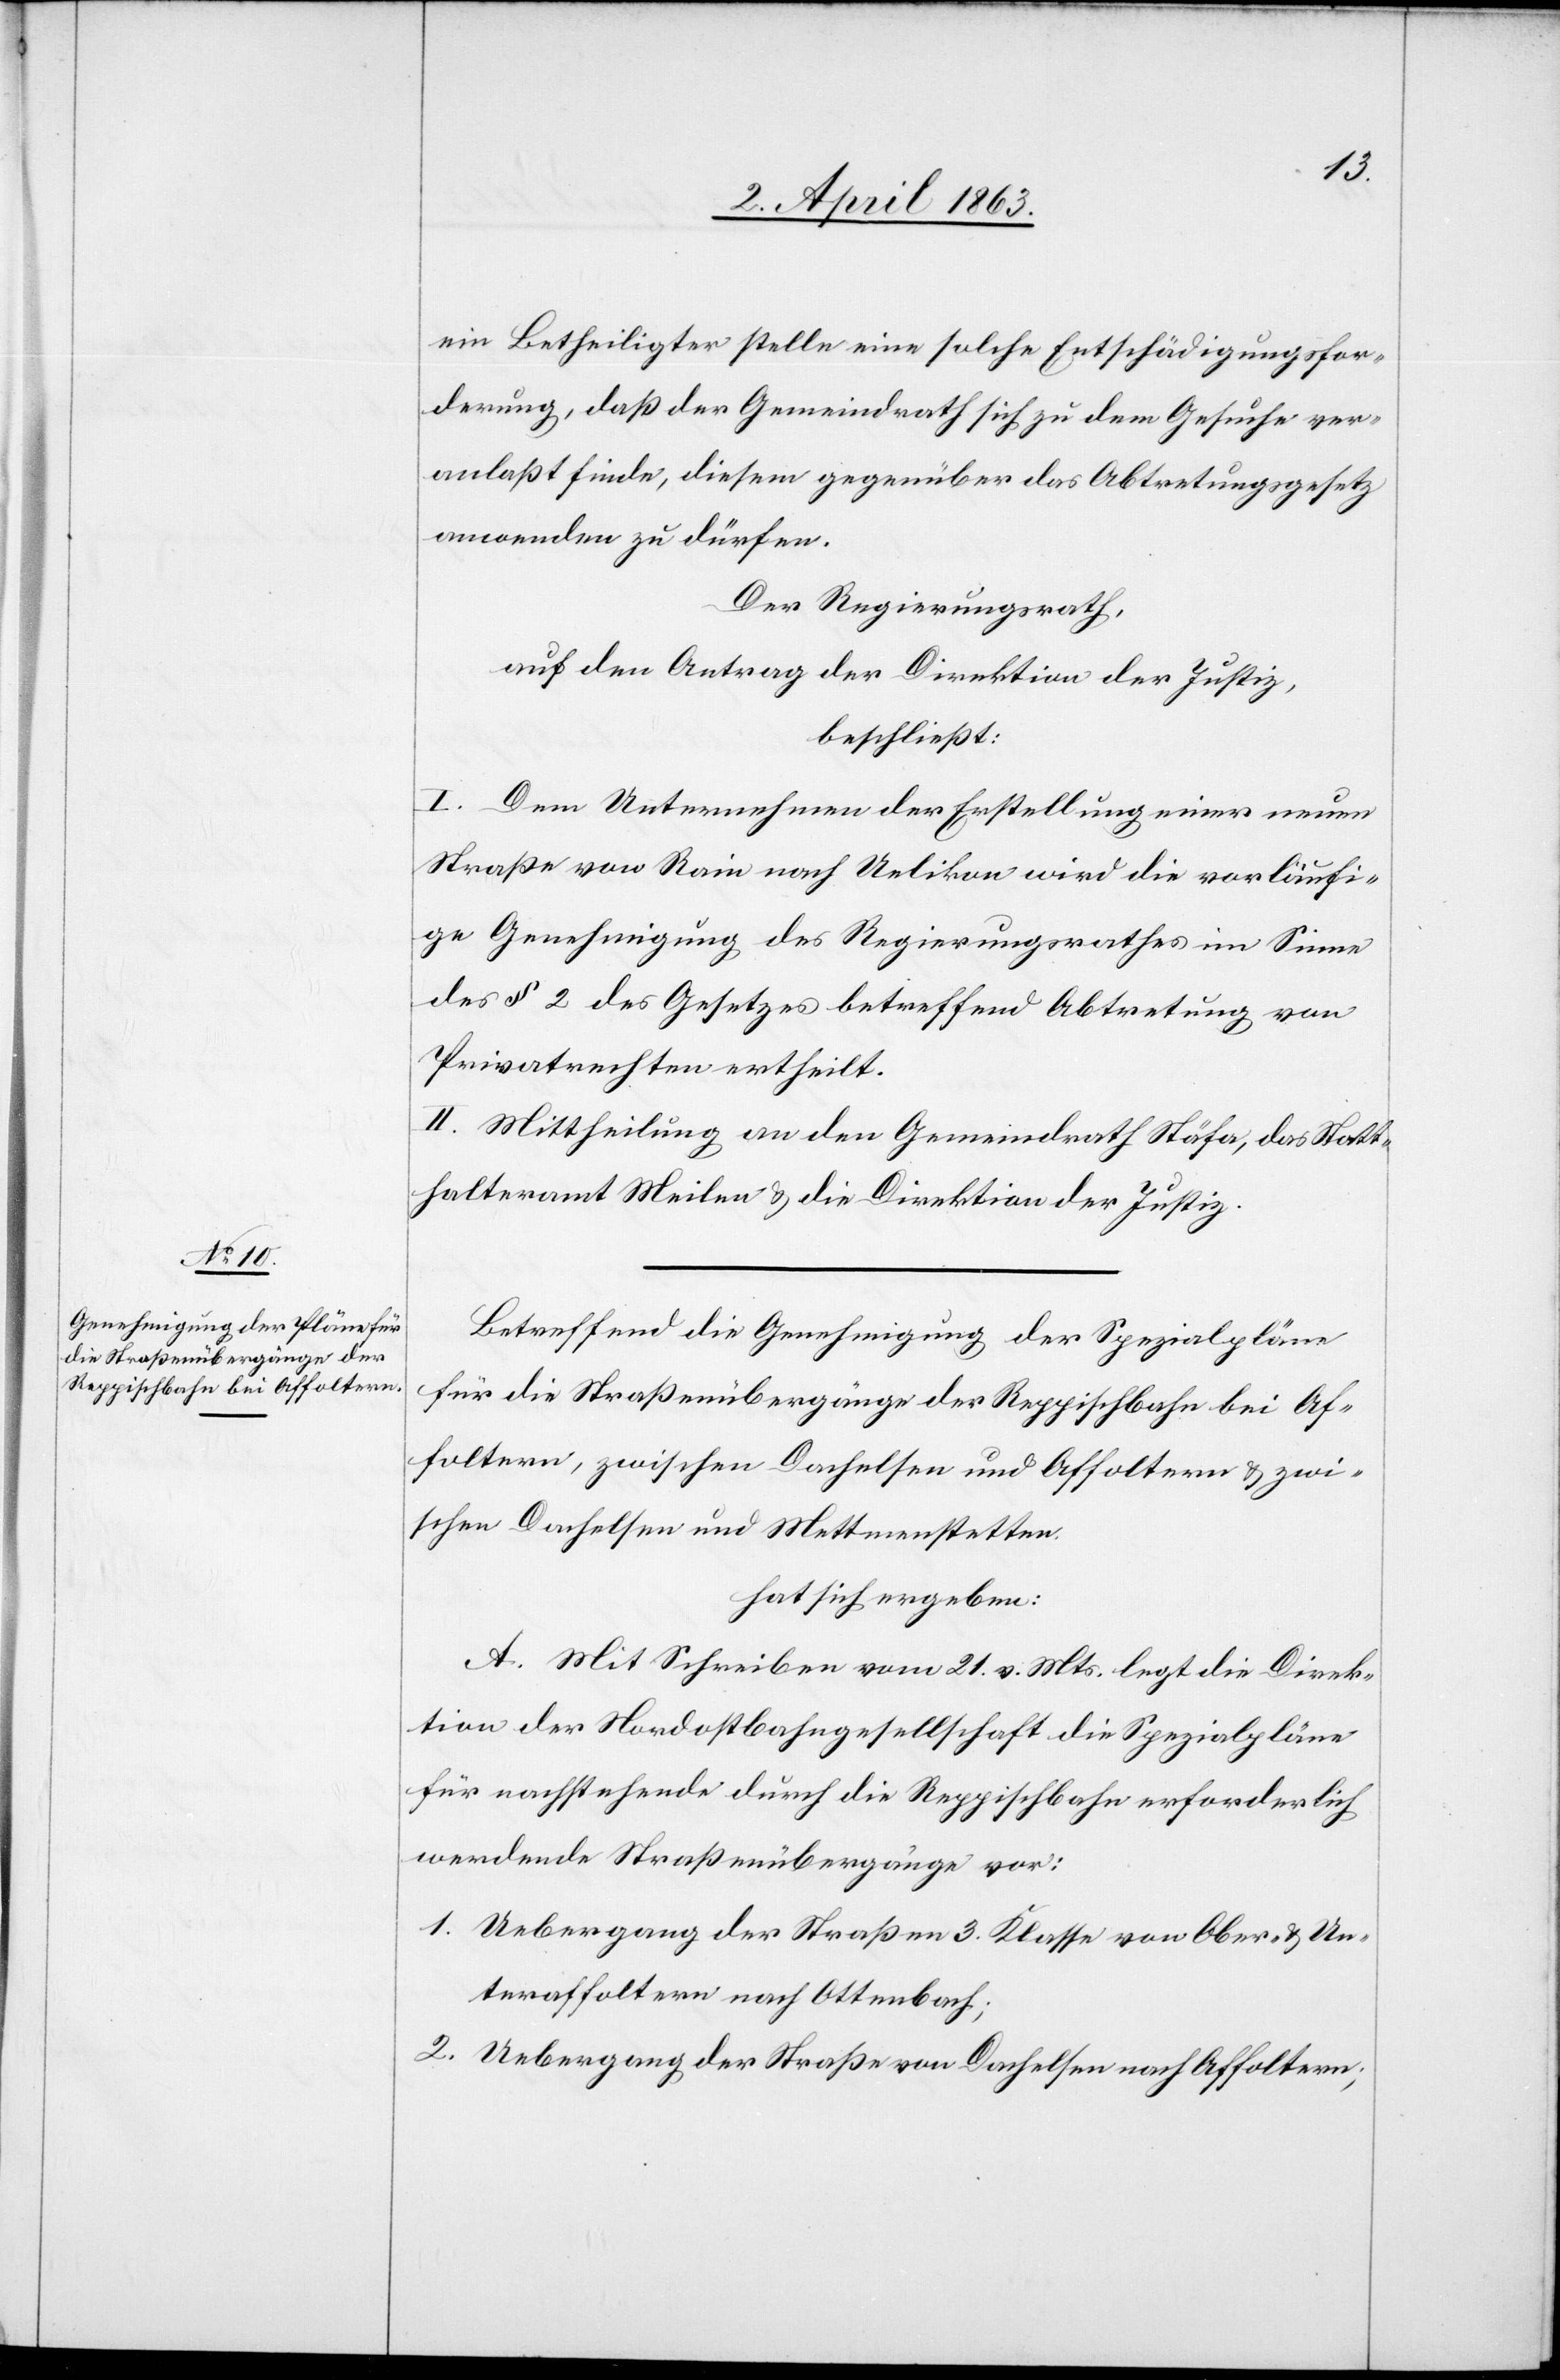
ein Betheiligter stelle eine solche Entschädigungsfor¬
derung, daß der Gemeindrath sich zu dem Gesuche ver¬
anlaßt finde, diesem gegenüber das Abtretungsgesetz
anwenden zu dürfen.
Der Regierungsrath,
auf den Antrag der Direktion der Justiz,
beschließt:
I. Dem Unternehmen der Erstellung einer neuen
Straße von Rain nach Uelikon wird die vorläufi¬
ge Genehmigung des Regierungsrathes im Sinne
des § 2 des Gesetzes betreffend Abtretung von
Privatrechten ertheilt.
II. Mittheilung an den Gemeindrath Stäfa, das Statt¬
halteramt Meilen & die Direktion der Justiz.
Betreffend die Genehmigung der Spezialpläne
für die Straßenübergänge der Reppischbahn bei Af¬
foltern, zwischen Dachelsen und Affoltern & zwi¬
schen Dachelsen und Mettmenstetten.
hat sich ergeben:
A. Mit Schreiben vom 21. v. Mts. legt die Direk¬
tion der Nordostbahngesellschaft die Spezialpläne
für nachstehende durch die Reppischbahn erforderlich
werdende Straßenübergänge vor:
1. Uebergang der Straßen 3. Klasse von Ober- & Un¬
teraffoltern nach Ottenbach;
2. Uebergang der Straße von Dachelsen nach Affoltern;